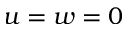
u = w = 0